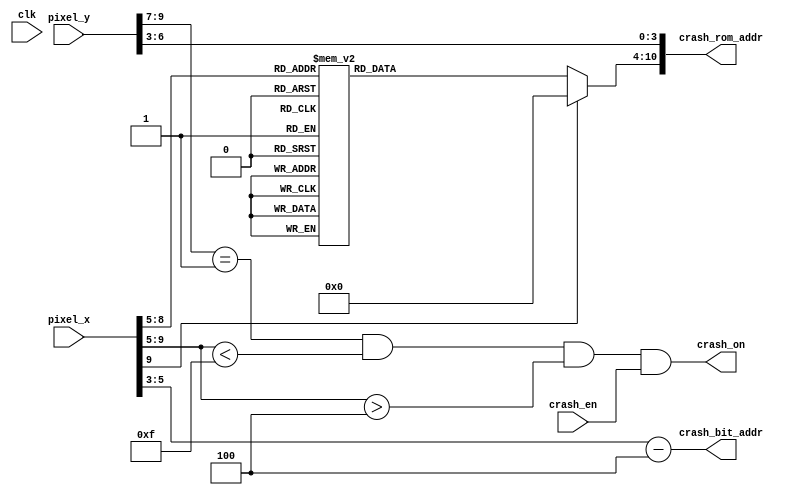
`timescale 1ns / 1ps

module Die_Display(clk, crash_en, pixel_x, pixel_y, crash_on, crash_bit_addr, crash_rom_addr);


//Declare Inputs and Outputs
input clk, crash_en;
input [9:0] pixel_x, pixel_y;
output crash_on;
output [2:0] crash_bit_addr;
output [10:0] crash_rom_addr;


wire [3:0] row_addr;
reg [6:0] char_addr;

assign row_addr = pixel_y[6:3];
assign crash_bit_addr = pixel_x[5:3] - 3'd4;
assign crash_rom_addr = {char_addr, row_addr};
assign crash_on = (pixel_y[9:7]==1 && pixel_x[9:5]<15) && (pixel_x[9:5]>4) && crash_en;

always @*
    case (pixel_x [9:5])
        5'h5,5'h6: char_addr = 7'h44; // Letter D
        5'h7,5'h8: char_addr = 7'h49; // Letter I
        5'h9,5'ha: char_addr = 7'h45; // Letter E
        5'hb,5'hc: char_addr = 7'h44; // Letter D
        5'hd,5'he: char_addr = 7'h21; // Letter !
    default: char_addr = 7'h00; // 
endcase

endmodule